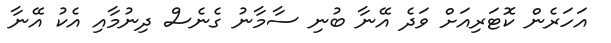
އަހަރެން ކޮޓަރިއަށް ވަދެ އޭނާ ބުނި ސާމާނު ގެނެސް ދިނުމާއި އެކު އޭނާ